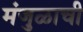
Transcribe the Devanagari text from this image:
मंजुळाची